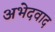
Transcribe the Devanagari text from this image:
अभेदवाद